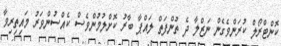
ކޮންޓްރޯލް ކުރަންވެގެން ނަޒްލާ ދެ ތުންފަތް ލައްޕާ ބާރު ކޮށްލުމުންވެސް ކެއްސުންވަރު މައިތިރިވާ